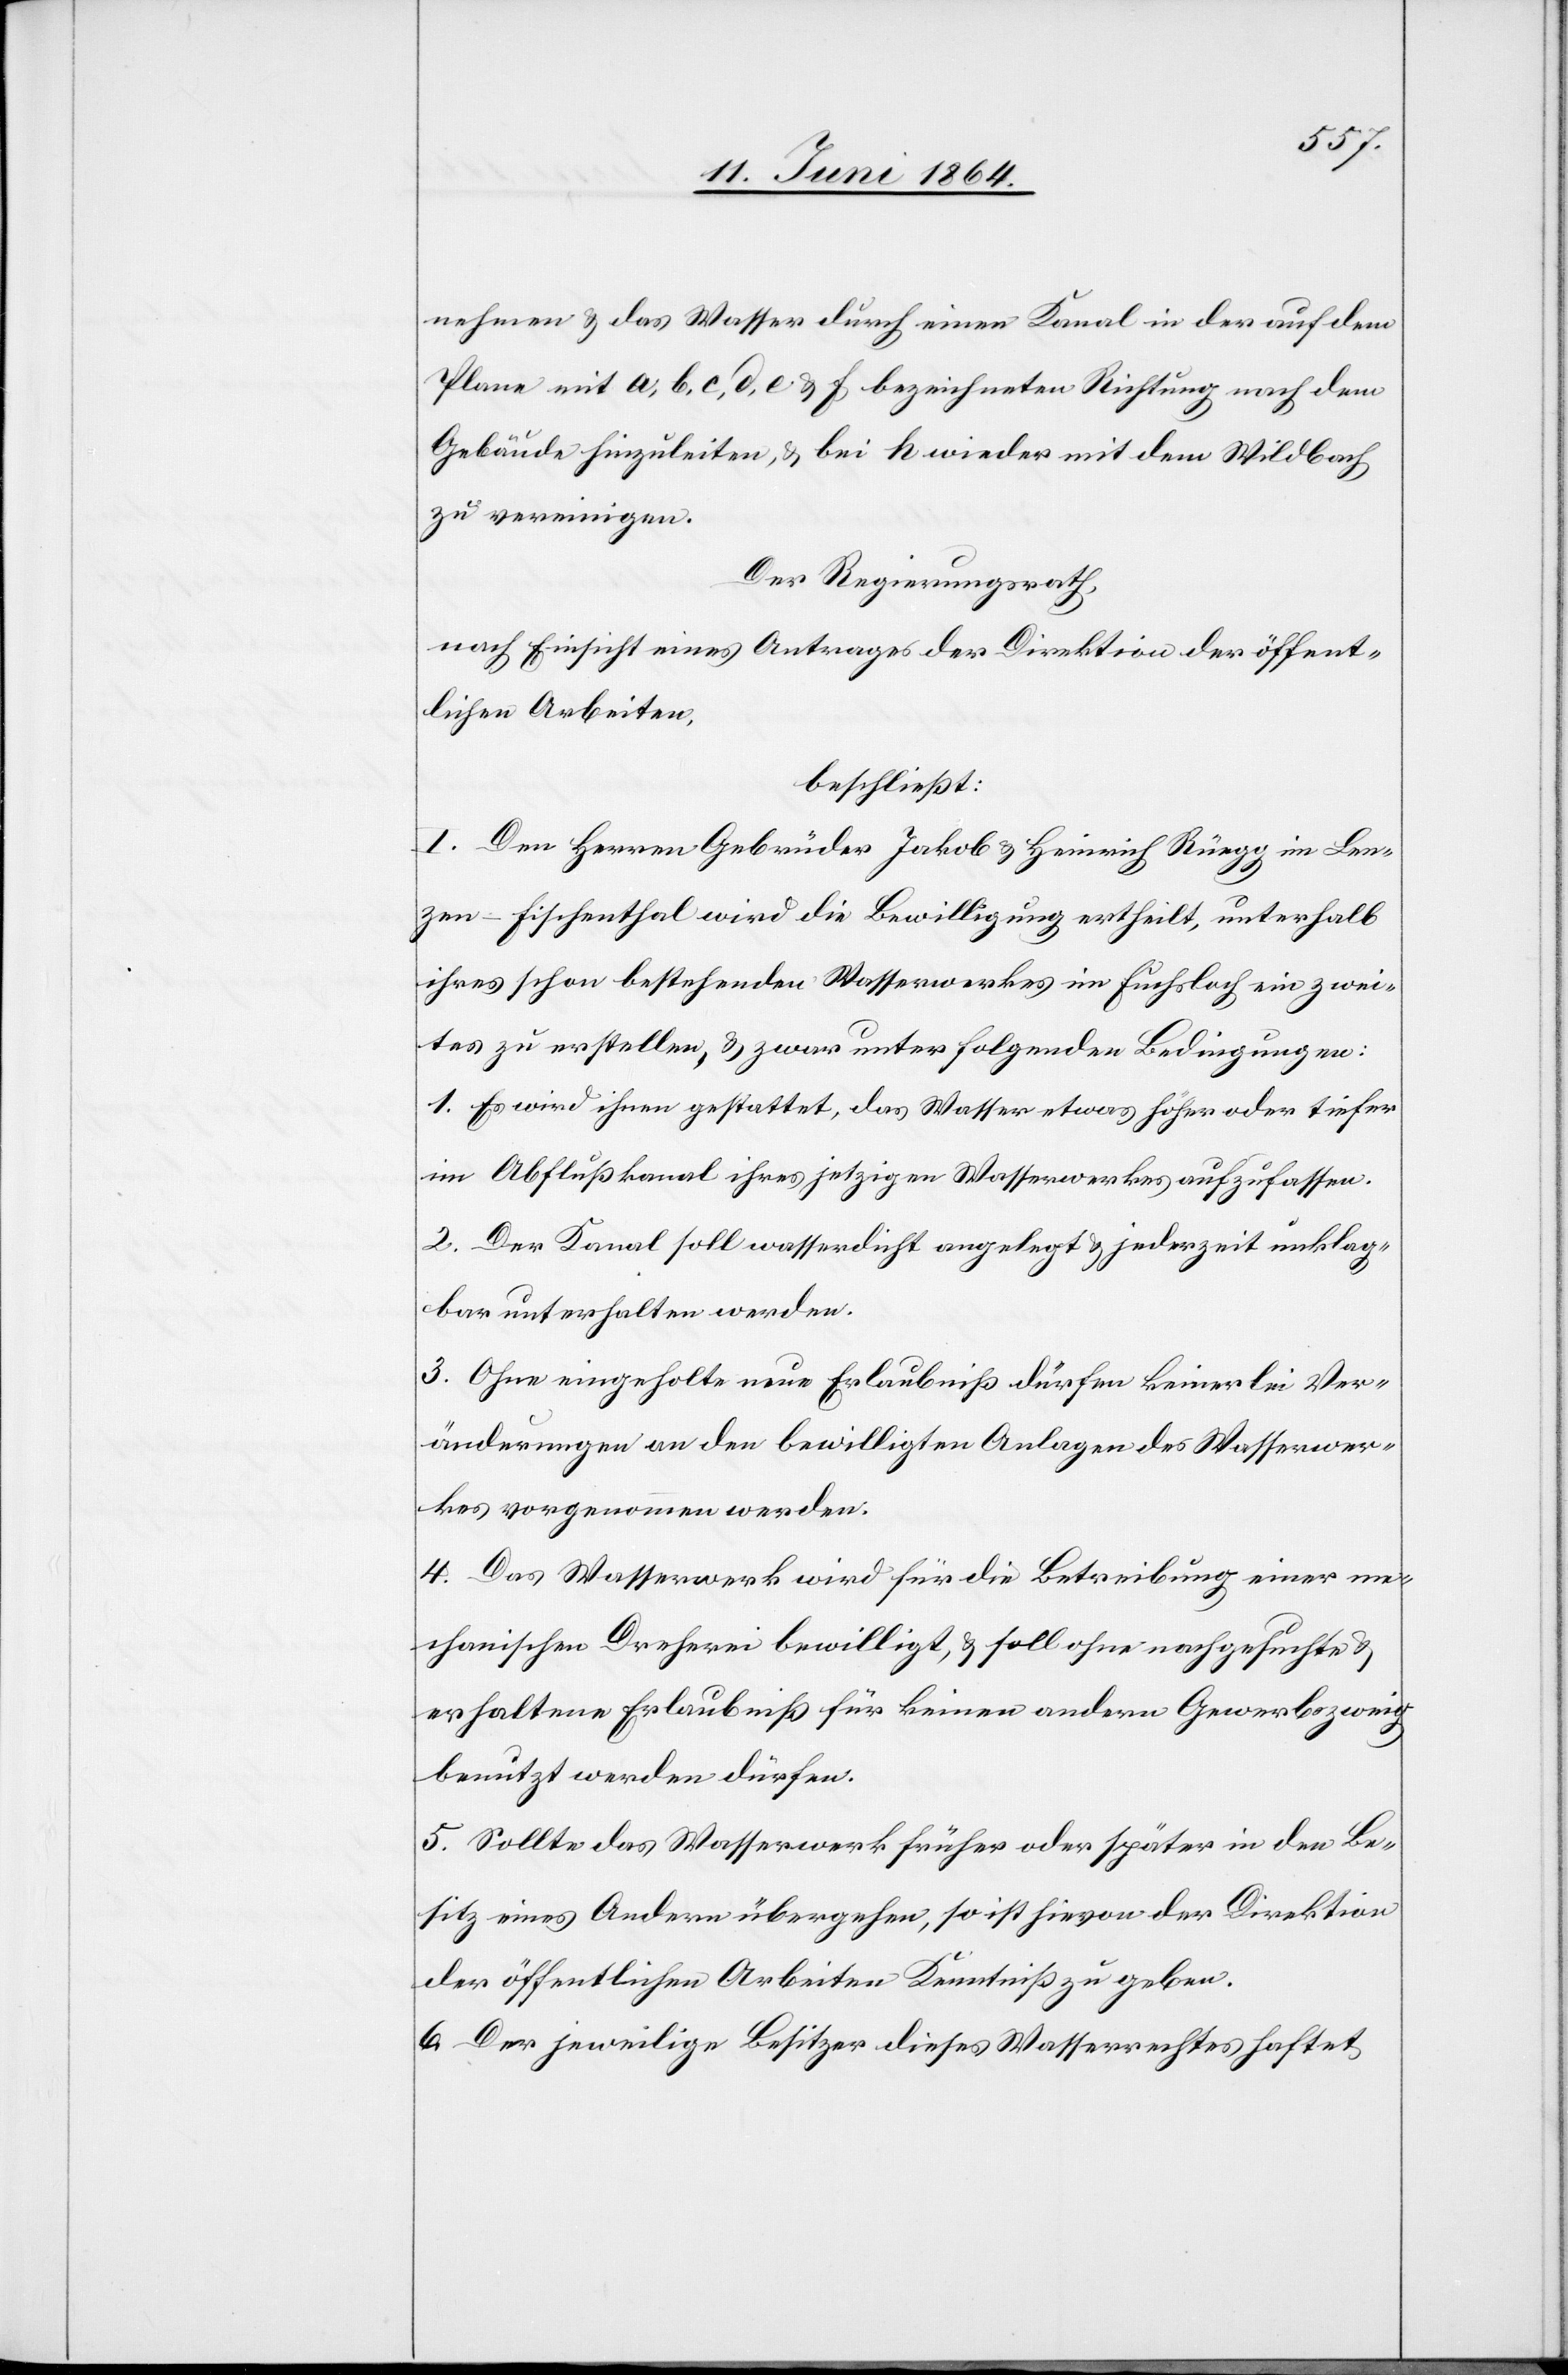
nehmen u. das Wasser durch einen Kanal in der auf dem
Plane mit a, b, c, d, e & f bezeichneten Richtung nach dem
Gebäude hinzuleiten, u. bei h wieder mit dem Wildbach
zu vereinigen.
Der Regierungsrath,
nach Einsicht eines Antrages der Direktion der öffent¬
lichen Arbeiten,
beschließt:
I. Den Herren Gebrüder Jakob u. Heinrich Rüegg im Len¬
zen-Fischenthal wird die Bewilligung ertheilt, unterhalb
ihres schon bestehenden Wasserwerkes im Fuchsloch ein zwei¬
tes zu erstellen, u. zwar unter folgenden Bedingungen:
1. Es wird ihnen gestattet, das Wasser etwas höher oder tiefer
im Abflußkanal ihres jetzigen Wasserwerkes aufzufassen.
2. Der Kanal soll wasserdicht angelegt u. jederzeit unklag¬
bar unterhalten werden.
3. Ohne eingeholte neue Erlaubniß dürfen keinerlei Ver¬
änderungen an den bewilligten Anlagen des Wasserwer¬
kes vorgenommen werden.
4. Das Wasserwerk wird für die Betreibung einer me¬
chanischen Dreherei bewilligt, u. soll ohne nachgesuchte u.
erhaltene Erlaubniß für keinen andern Gewerbszweig
benutzt werden dürfen.
5. Sollte das Wasserwerk früher oder später in den Be¬
sitz eines Andern übergehen, so ist hievon der Direktion
der öffentlichen Arbeiten Kenntniß zu geben.
6. Der jeweilige Besitzer dieses Wasserrechtes haftet